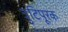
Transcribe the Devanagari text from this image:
त्रुटिपूरक